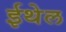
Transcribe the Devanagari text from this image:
ईथेल